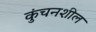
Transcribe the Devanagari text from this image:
कुंचनशील